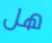
هل